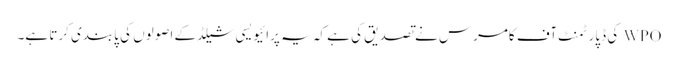
WPO کی ڈپارٹمنٹ آف کامرس نے تصدیق کی ہے کہ یہ پرائیویسی شیلڈ کے اصولوں کی پابندی کرتا ہے۔